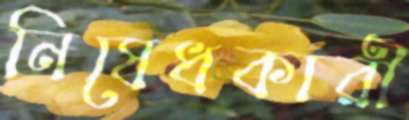
নিষেধকারী